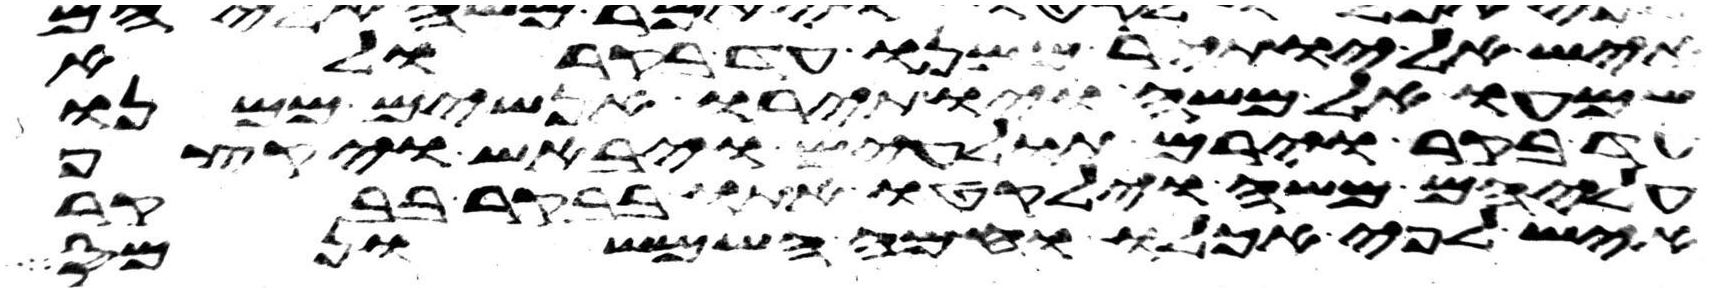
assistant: איש אל יותיר ממנו עד בקר ולא
שמעו אל משה ויותירו אנשים ממנו
עד בקר וירם תולעים ויבאש ויקצף
עליהם משה וילקטו אתו בבקר בבקר
איש לפי אכלו וחמה השמש ונמס